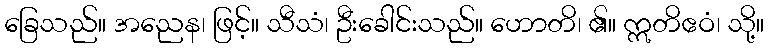
ခြေသည်။ အညေန၊ ဖြင့်။ သီသံ၊ ဦးခေါင်းသည်။ ဟောတိ၊ ၏။ ဣတိဧဝံ၊ သို့။